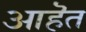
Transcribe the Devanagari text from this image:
आहॆत